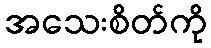
အသေးစိတ်ကို